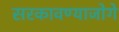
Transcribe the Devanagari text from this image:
सरकावण्याजोगे